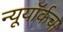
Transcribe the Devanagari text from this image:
न्यूयॉर्कचा